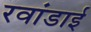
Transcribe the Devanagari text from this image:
रवांडाई